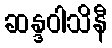
ဆန္ဒဝါသိနီ